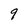
Character: 9